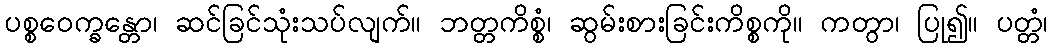
ပစ္စဝေက္ခန္တော၊ ဆင်ခြင်သုံးသပ်လျက်။ ဘတ္တကိစ္စံ၊ ဆွမ်းစားခြင်းကိစ္စကို။ ကတွာ၊ ပြု၍။ ပတ္တံ၊